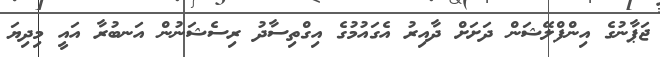
ޖަޕާނުގެ އިންފްލޭޝަން ދަށަށް ދާއިރު އެގައުމުގެ އިގްތިސާދު ރިސެޝަނުން އަނބުރާ އައީ މިދިޔަ